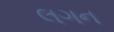
લગન